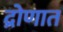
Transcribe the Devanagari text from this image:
द्रोणात